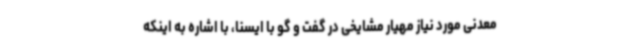
معدنی مورد نیاز مهیار مشایخی در گفت و گو با ایسنا، با اشاره به اینکه